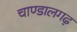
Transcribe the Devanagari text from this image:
चाण्डालगढ़